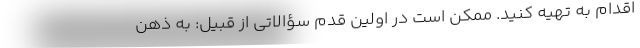
اقدام به تهیه کنید. ممکن است در اولین قدم سؤالاتی از قبیل: به ذهن